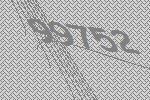
99752